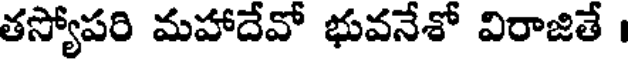
తస్యోపరి మహాదేవో భువనేశో విరాజితే ।